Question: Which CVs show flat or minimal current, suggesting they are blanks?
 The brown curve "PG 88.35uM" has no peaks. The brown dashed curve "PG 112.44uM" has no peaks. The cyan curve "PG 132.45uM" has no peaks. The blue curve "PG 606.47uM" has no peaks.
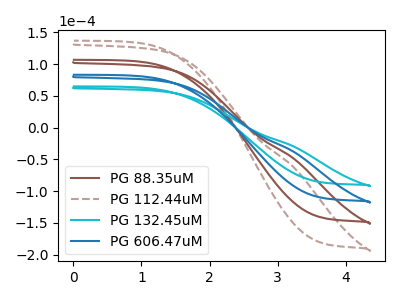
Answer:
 <answer>"PG 88.35uM", "PG 112.44uM", "PG 132.45uM" and "PG 606.47uM" are likely to be blanks.</answer>
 <eval>"PG 88.35uM", "PG 112.44uM", "PG 132.45uM", "PG 606.47uM"</eval>